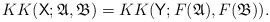
\begin{align*} KK(\mathsf X; \mathfrak A, \mathfrak B) = KK(\mathsf Y; F(\mathfrak A), F(\mathfrak B)). \end{align*}